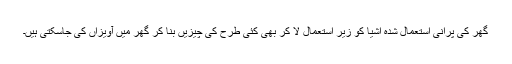
گھر کی پرانی استعمال شدہ اشیا کو زیر استعمال لا کر بھی کئی طرح کی چیزیں بنا کر گھر میں آویزاں کی جاسکتی ہیں۔